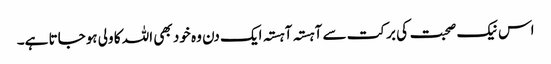
اس نیک صحبت کی برکت سے آہستہ آہستہ ایک دن وہ خود بھی اللہ کا ولی ہوجاتا ہے۔